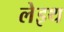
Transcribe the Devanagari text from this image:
लेइथ